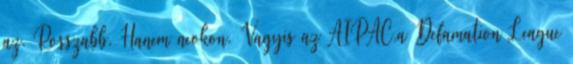
az. Rosszabb. Hanem neokon. Vagyis az AIPAC,a Defamation League